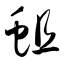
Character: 蛆